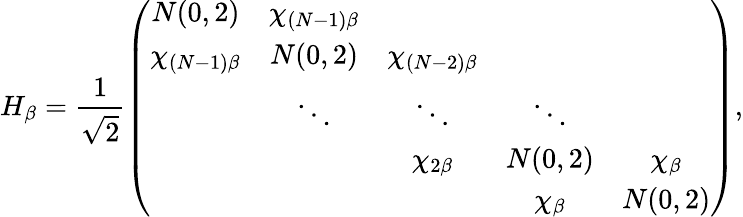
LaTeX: H_{\beta}=\frac{1}{\sqrt{2}}\left(\begin{array}{ccccc}{N(0,2)}&{\chi_{(N-1)\beta}}&&&\\ {\chi_{(N-1)\beta}}&{N(0,2)}&{\chi_{(N-2)\beta}}&&\\ &{\ddots}&{\ddots}&{\ddots}&\\ &&{\chi_{2\beta}}&{N(0,2)}&{\chi_{\beta}}\\ &&&{\chi_{\beta}}&{N(0,2)}\end{array}\right),